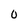
Character: O